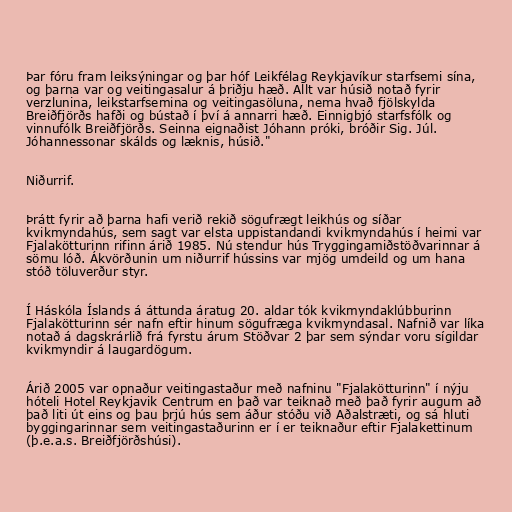
Þar fóru fram leiksýningar og þar hóf Leikfélag Reykjavíkur starfsemi sína,
og þarna var og veitingasalur á þriðju hæð. Allt var húsið notað fyrir
verzlunina, leikstarfsemina og veitingasöluna, nema hvað fjölskylda
Breiðfjörðs hafði og bústað í því á annarri hæð. Einnigbjó starfsfólk og
vinnufólk Breiðfjörðs. Seinna eignaðist Jóhann próki, bróðir Sig. Júl.
Jóhannessonar skálds og læknis, húsið."

Niðurrif.

Þrátt fyrir að þarna hafi verið rekið sögufrægt leikhús og síðar
kvikmyndahús, sem sagt var elsta uppistandandi kvikmyndahús í heimi var
Fjalakötturinn rifinn árið 1985. Nú stendur hús Tryggingamiðstöðvarinnar á
sömu lóð. Ákvörðunin um niðurrif hússins var mjög umdeild og um hana
stóð töluverður styr.

Í Háskóla Íslands á áttunda áratug 20. aldar tók kvikmyndaklúbburinn
Fjalakötturinn sér nafn eftir hinum sögufræga kvikmyndasal. Nafnið var líka
notað á dagskrárlið frá fyrstu árum Stöðvar 2 þar sem sýndar voru sígildar
kvikmyndir á laugardögum.

Árið 2005 var opnaður veitingastaður með nafninu "Fjalakötturinn" í nýju
hóteli Hotel Reykjavik Centrum en það var teiknað með það fyrir augum að
það liti út eins og þau þrjú hús sem áður stóðu við Aðalstræti, og sá hluti
byggingarinnar sem veitingastaðurinn er í er teiknaður eftir Fjalakettinum
(þ.e.a.s. Breiðfjörðshúsi).